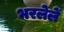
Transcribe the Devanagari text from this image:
भरलेलें